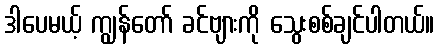
ဒါပေမယ့် ကျွန်တော် ခင်ဗျားကို သွေးစစ်ချင်ပါတယ်။